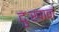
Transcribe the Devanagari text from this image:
दुःखानं